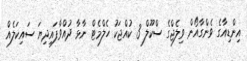
އިންޑިއާގެ ވެންގާއޯން ވިލެޖްގެ ސްކޫލް 3 ކުއްޖަކު ހެލްމެޓް ނާޅާ ދުއްވާފައިދިޔަ ސައިކަލެއް